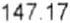
147.17